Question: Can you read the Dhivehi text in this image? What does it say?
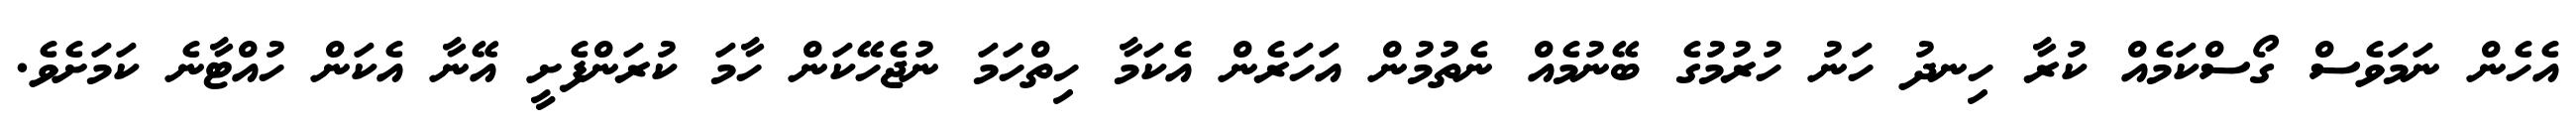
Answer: އެހެން ނަމަވެސް ގޯސްކަމެއް ކުރާ ހިނދު ހަނު ހުރުމުގެ ބޭނުމެއް ނެތުމުން އަހަރެން އެކަމާ ހިތްހަމަ ނުޖެހޭކަން ހާމަ ކުރަންފެށީ އޭނާ އެކަން ހުއްޓާނެ ކަމަށެވެ.